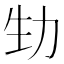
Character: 𠡏